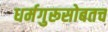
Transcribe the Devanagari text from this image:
धर्मगुरूसोबतच